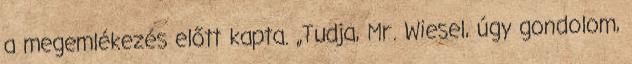
a megemlékezés előtt kapta. „Tudja, Mr. Wiesel, úgy gondolom,